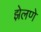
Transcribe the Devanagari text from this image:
झेलणे